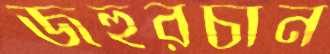
জহুরচান